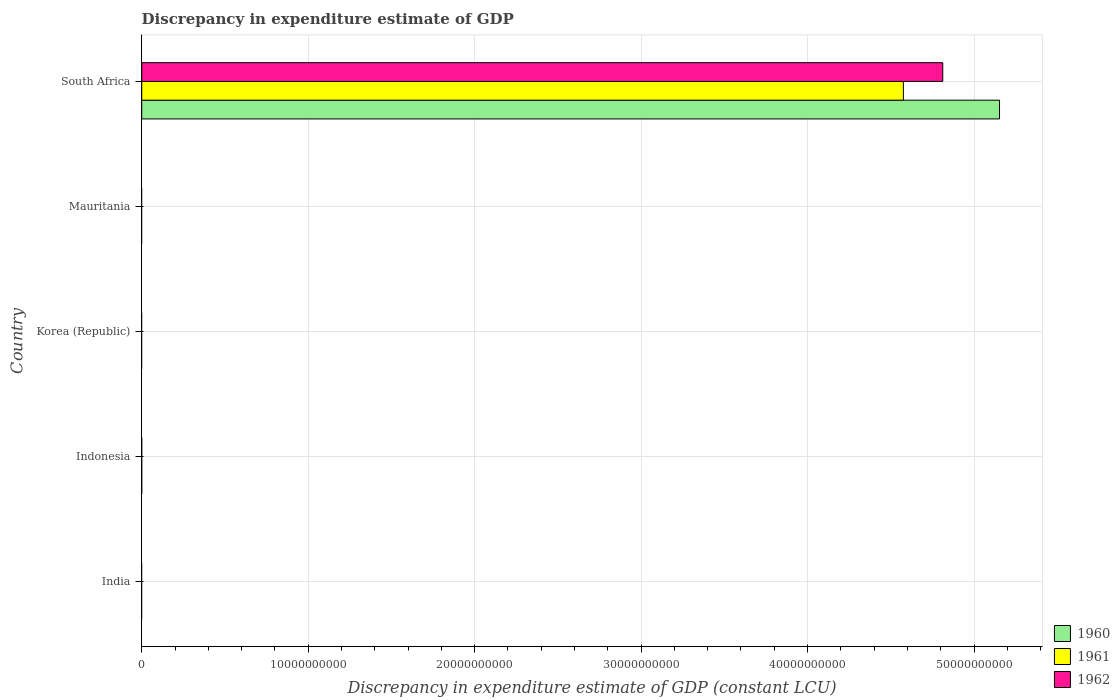
| Country | 1960 | 1961 | 1962 |
 | --- | --- | --- | --- |
 | India | -4.92e+10 | -5.39e+10 | -7.39e+10 |
 | Indonesia | -2.23e+06 | -2.42e+06 | -1.4e+06 |
 | Korea (Republic) | -1.64e+13 | -1.66e+13 | -1.73e+13 |
 | Mauritania | -6.24e+12 | -1.32e+13 | -1.6e+13 |
 | South Africa | 5.15e+10 | 4.58e+10 | 4.81e+10 |